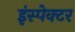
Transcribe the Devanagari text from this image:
इंस्‍पेक्‍टर